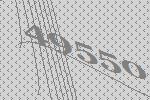
49550